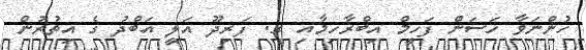
ހުންނަވާ ހަސަން ފަހީމް އިބްރާހިމާއި ގ. ފަރިދޫ އަލީ އަބްދު ގެ އިތުރުން